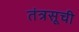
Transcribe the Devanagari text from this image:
तंत्रसूची